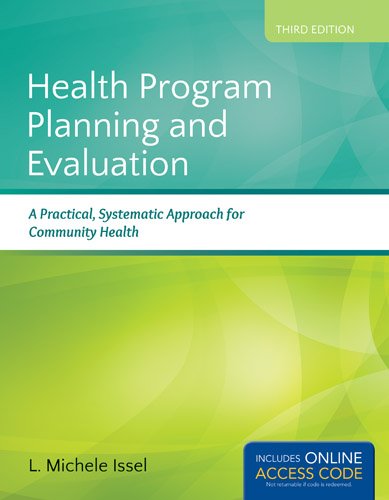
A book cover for Health Program Planning And Evaluation: A Practical, Systematic Approach for Community Health; L. Michele Issel; Medical Books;